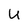
Character: u